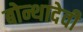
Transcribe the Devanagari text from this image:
बोन्थादेवी